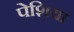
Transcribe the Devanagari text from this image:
पेशिया